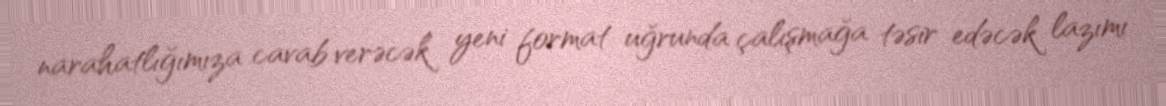
narahatlığımıza cavab verəcək yeni format uğrunda çalışmağa təsir edəcək lazımı